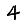
Digit: 4